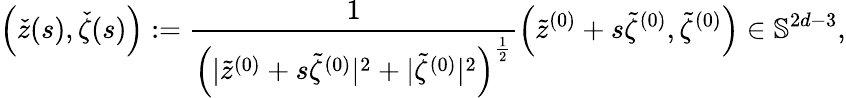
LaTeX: \left(\check{z}(s),\check{\zeta}(s)\right):=\frac{1}{{\left(|\tilde{z}^{(0)}+s\tilde{\zeta}^{(0)}|^{2}+|\tilde{\zeta}^{(0)}|^{2}\right)^{\frac{1}{2}}}}\left(\tilde{z}^{(0)}+s\tilde{\zeta}^{(0)},\tilde{\zeta}^{(0)}\right)\in\mathbb{S}^{2d-3},